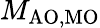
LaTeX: M_{\mathrm{{AO,MO}}}